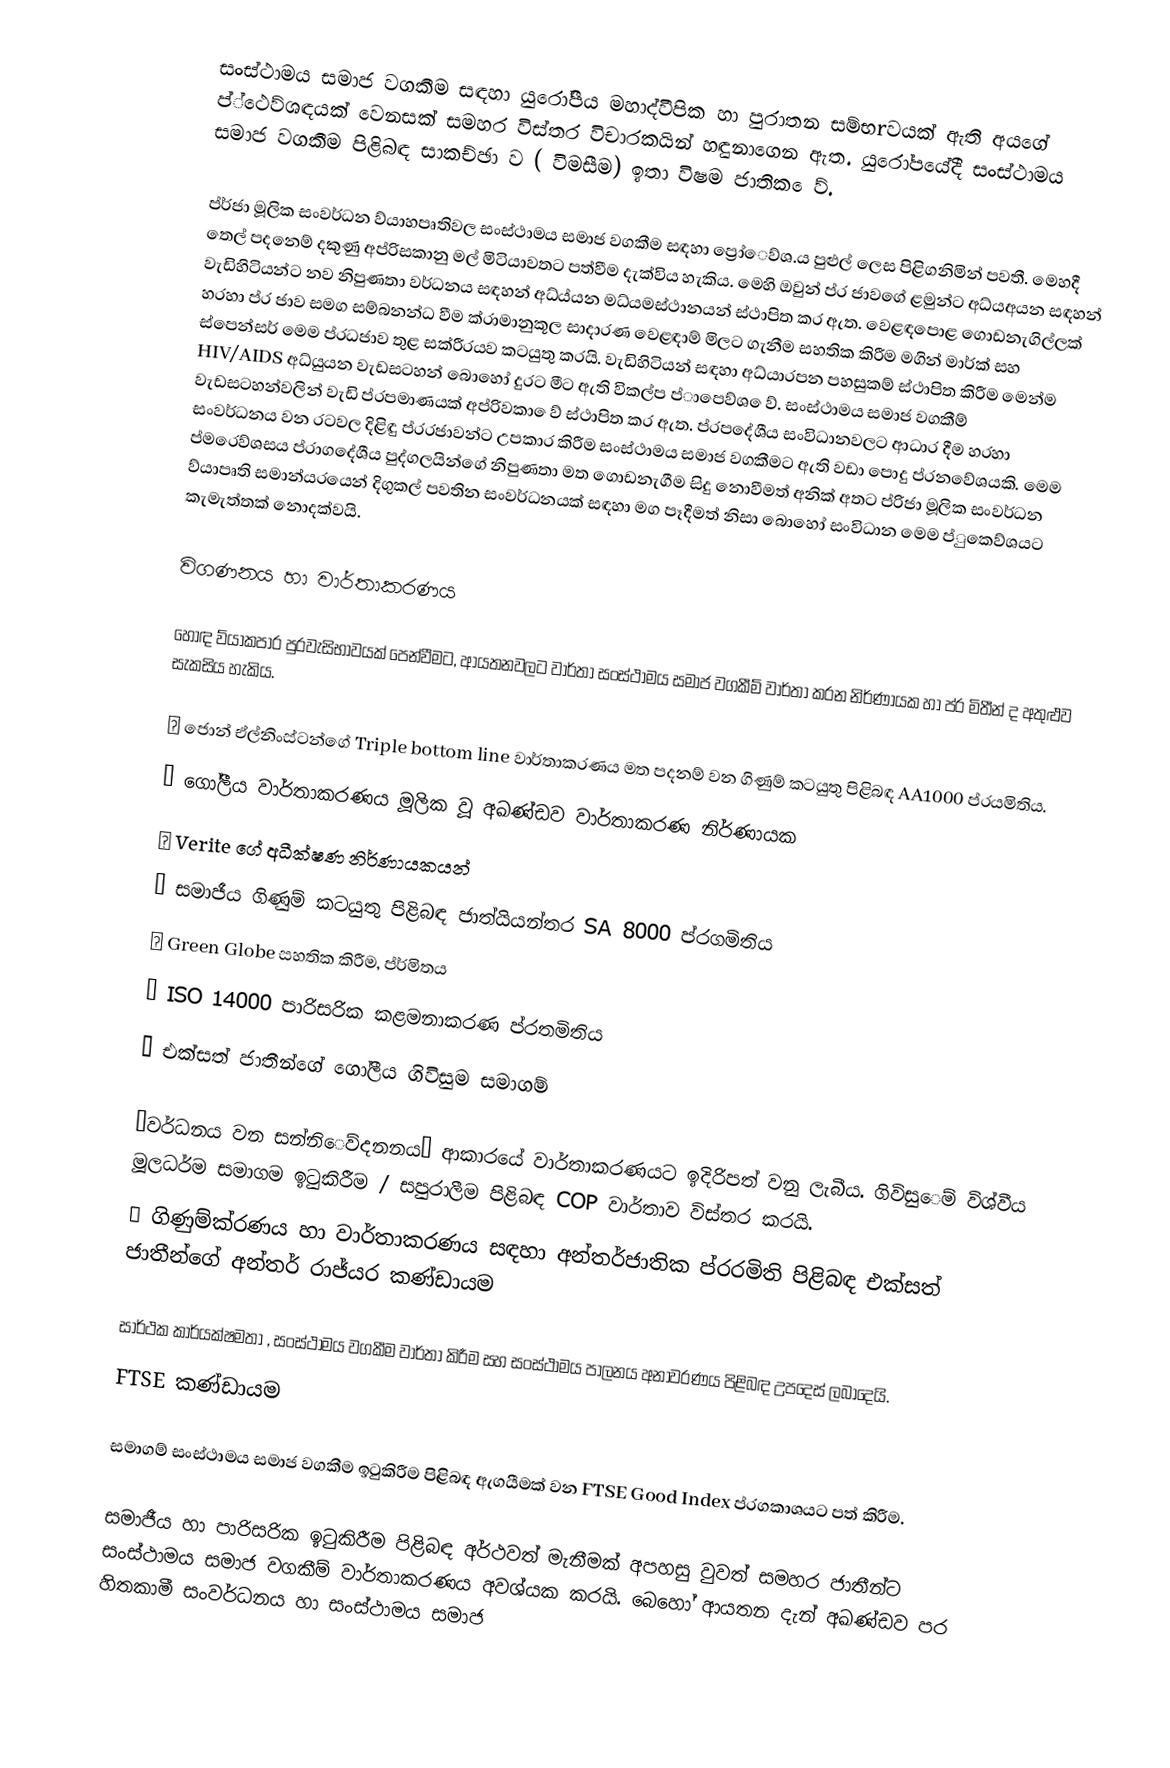
සංස්ථාමය සමාජ වගකීම සඳහා යුරෝපීය මහාද්වීපික හා පුරාතන සම්භrවයක් ඇති අයගේ ප්‍්ථෙව්ශඳයක් වෙනසක් සමහර විස්තර විචාරකයින් හඳුනාගෙන ඇත. යුරෝපයේදී සංස්ථාමය සමාජ වගකීම පිළිබඳ සාකච්ඡා ව ( විමසීම) ඉතා විෂම ජාතික ‍ෙව්‍.

ප්ර්ජා මූලික සංවර්ධන ව්යාහපෘතිවල සංස්ථාමය සමාජ වගකීම සඳහා ප්‍රෝෙව්ශ.ය පුළුල් ලෙස පිළිගනිමින් පවතී. මෙහදී තෙල් පදන‍ෙම් දකුණු අප්රිසකානු මල් මිටියාවතට පත්වීම දැක්විය හැකිය. මෙහි ඔවුන් ප්ර ජාවගේ ළමුන්ට අධ්යඅයන සඳහන් වැඩිහිටියන්ට නව නිපුණතා වර්ධනය සඳහන් අධ්ය්යන මධ්යමස්ථානයන් ස්ථාපිත කර ඇත. වෙළඳපොළ ගොඩනැගිල්ලක් හරහා ප්ර ජාව සමග සම්බනන්ධ වීම ක්රාමානුකූල සාදාරණ වෙළඳාම්‍  මිලට ගැනීම සහතික කිරීම මගින් මාර්ක් සහ ස්පෙන්සර් මෙම ප්රධජාව තුළ සක්රීරයව කටයුතු කරයි. වැඩිහිටියන් සඳහා අධ්යාරපන පහසුකම්‍ ස්ථාපිත කිරීම මෙන්ම HIV/AIDS අධ්යුයන වැඩසටහන් බොහෝ දුරට මීට ඇති විකල්ප ප්‍ාපෙව්ශ  ‍ෙව්‍.  සංස්ථාමය සමාජ වගකීම්‍ වැඩසටහන්වලින් වැඩි ප්රපමාණයක් අප්රිවකා‍ ෙව්‍  ස්ථාපිත කර ඇත. ප්රපදේශීය සංවිධානවලට ආධාර දීම හරහා සංවර්ධනය වන රටවල දිළිඳු ප්රරජාවන්ට උපකාර කිරීම සංස්ථාමය සමාජ වගකීමට ඇති වඩා පොදු ප්රනවේශයකි. මෙම ප්‍මරෙව්ශසය ප්රාගදේශීය පුද්ගලයින්ගේ නිපුණතා මත ගොඩනැගීම සිදු නොවීමත් අනික් අතට ප්රිජා මූලික සංවර්ධන ව්යා‍පෘති සමාන්යරයෙන් දිගුකල් පවතින සංවර්ධනයක් සඳහා මග පෑදීමත් නිසා බොහෝ සංවිධාන මෙම ප්‍ුකෙව්ශයට කැමැත්තක් නොදක්වයි.

විගණනය හා වාර්තාකරණය

හොඳ ව්යාකපාර පුරවැසිභාවයක් පෙන්වීමට, ආයතනවලට වාර්තා සංස්ථාමය සමාජ වගකීම්‍ වාර්තා කරන නිර්ණායක හා ප්ර මිතීන් ද අතුළුව සැකසිය හැකිය.

	ජොන් ඒල්නිංස්ටන්ගේ  Triple bottom line  වාර්තාකරණය මත පදනම්‍ වන ගිණුම්‍ කටයුතු පිළිබඳ AA1000 ප්රයමිතිය.
	ගෝලීය වාර්තාකරණය මූලික වූ අඛණ්ඩව වාර්තාකරණ නිර්ණායක
	Verite ගේ අධීක්ෂණ නිර්ණායකයන්
	සමාජීය ගිණුම්‍ කටයුතු  පිළිබඳ ජාත්යියන්තර               SA 8000 ප්රගමිතිය
	Green Globe සහතික කිරීම, ප්ර්මිතය
	ISO 14000 පාරිසරික කළමනාකරණ ප්රතමිතිය
	එක්සත් ජාතීන්ගේ ගෝලීය ගිවිසුම සමාගම්‍

“වර්ධනය වන සන්නි‍ෙව්දනනය”  ආකාරයේ වාර්තාකරණයට ඉදිරිපත් වනු ලැබීය. ගිවිසු‍ෙම්‍ විශ්වීය මූලධර්ම සමාගම ඉටුකිරීම / සපුරාලීම පිළිබඳ COP වාර්තාව විස්තර කරයි.
	ගිණුම්ක්රණය හා වාර්තාකරණය සඳහා අන්තර්ජාතික ප්රරමිති පිළිබඳ එක්සත් ජාතීන්ගේ අන්තර් රාජ්යර කණ්ඩායම

සාර්ථක කාර්යක්ෂමතා , සංස්ථාමය වගකීම වාර්තා කිරීම සහ සංස්ථාමය පාලනය අනාවරණය පිළිබඳ උපදෙස් ලබාදෙයි.
FTSE කණ්ඩායම

සමාගම්‍ සංස්ථාමය සමාජ වගකීම ඉටුකිරීම පිළිබඳ ඇගයීමක් වන FTSE Good Index ප්රගකාශයට පත් කිරීම.

සමාජීය හා පාරිසරික ඉටුකිරීම පිළිබඳ අර්ථවත් මැනීමක් අපහසු වුවත් සමහර ජාතීන්ට සංස්ථාමය සමාජ වගකීම්‍ වාර්තාකරණය අවශ්යක කරයි. බෙහෝ ආයතන දැන් අඛණ්ඩව පර හිතකාමී සංවර්ධනය හා සංස්ථාමය සමාජ